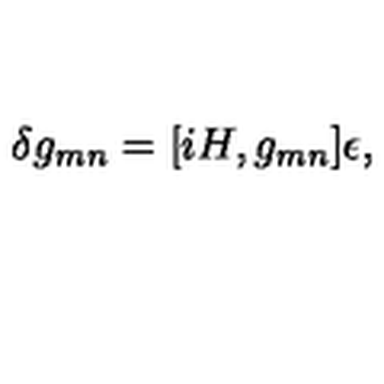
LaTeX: \delta g _ { m n } = [ i H , g _ { m n } ] \epsilon ,